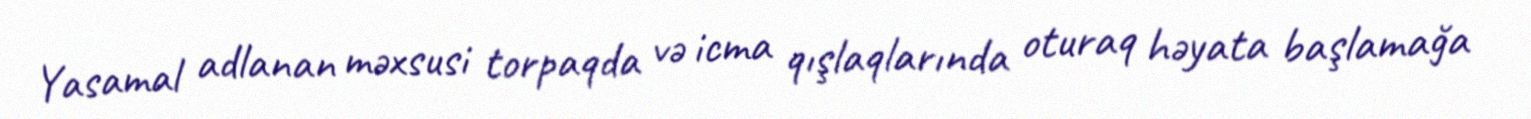
Yasamal adlanan məxsusi torpaqda və icma qışlaqlarında oturaq həyata başlamağa